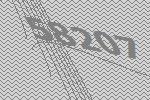
58207